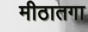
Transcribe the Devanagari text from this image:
मीठातगा